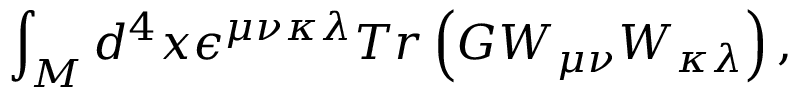
\int _ { M } d ^ { 4 } x \epsilon ^ { \mu \nu \kappa \lambda } T r \left( G W _ { \mu \nu } W _ { \kappa \lambda } \right) ,